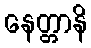
နေတ္တာနိ